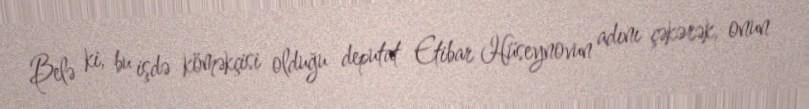
Belə ki, bu işdə köməkçisi olduğu deputat Etibar Hüseynovun adını çəkərək, onun